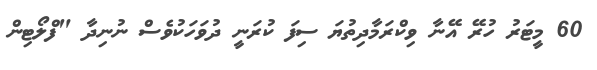
60 މީޓަރު ހުރޭ އޭނާ ވިކްރަމާދިތުޔަ ސިފަ ކުރަނީ ދުވަހަކުވެސް ނުނިދާ "ފްލޯޓިން